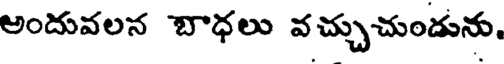
అందువలన బాధలు వచ్చుచుండును,